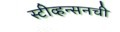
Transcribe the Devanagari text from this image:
स्टीव्हन्‍सनची